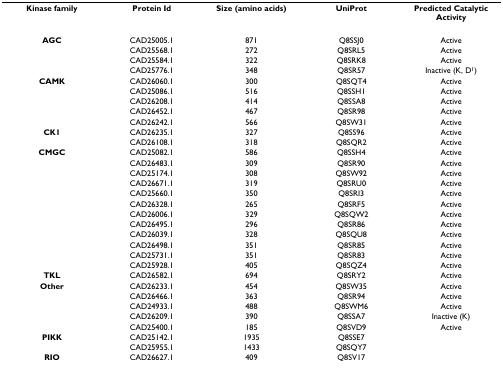
| Kinase family | Protein Id | Size (amino acids) | UniProt | Predicted Catalytic Activity |
 | --- | --- | --- | --- | --- |
 | AGC | CAD25005.1 | 871 | Q8SSJ0 | Active |
 |  | CAD25568.1 | 272 | Q8SRL5 | Active |
 |  | CAD25584.1 | 322 | Q8SRK8 | Active |
 |  | CAD25776.1 | 348 | Q8SR57 | Inactive (K, D1) |
 | CAMK | CAD26060.1 | 300 | Q8SQT4 | Active |
 |  | CAD25086.1 | 516 | Q8SSH1 | Active |
 |  | CAD26208.1 | 414 | Q8SSA8 | Active |
 |  | CAD26452.1 | 467 | Q8SR98 | Active |
 |  | CAD26242.1 | 566 | Q8SW31 | Active |
 | CK1 | CAD26235.1 | 327 | Q8SS96 | Active |
 |  | CAD26108.1 | 318 | Q8SQR2 | Active |
 | CMGC | CAD25082.1 | 586 | Q8SSH4 | Active |
 |  | CAD26483.1 | 309 | Q8SR90 | Active |
 |  | CAD25174.1 | 308 | Q8SW92 | Active |
 |  | CAD26671.1 | 319 | Q8SRU0 | Active |
 |  | CAD25660.1 | 350 | Q8SRI3 | Active |
 |  | CAD26328.1 | 265 | Q8SRF5 | Active |
 |  | CAD26006.1 | 329 | Q8SQW2 | Active |
 |  | CAD26495.1 | 296 | Q8SR86 | Active |
 |  | CAD26039.1 | 328 | Q8SQU8 | Active |
 |  | CAD26498.1 | 351 | Q8SR85 | Active |
 |  | CAD25731.1 | 351 | Q8SR83 | Active |
 |  | CAD25928.1 | 405 | Q8SQZ4 | Active |
 | TKL | CAD26582.1 | 694 | Q8SRY2 | Active |
 | Other | CAD26233.1 | 454 | Q8SW35 | Active |
 |  | CAD26466.1 | 363 | Q8SR94 | Active |
 |  | CAD24933.1 | 488 | Q8SWM6 | Active |
 |  | CAD26209.1 | 390 | Q8SSA7 | Inactive (K) |
 |  | CAD25400.1 | 185 | Q8SVD9 | Active |
 | PIKK | CAD25142.1 | 1935 | Q8SSE7 |  |
 |  | CAD25955.1 | 1433 | Q8SQY7 |  |
 | RIO | CAD26627.1 | 409 | Q8SV17 |  |